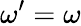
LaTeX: \omega^{\prime}=\omega